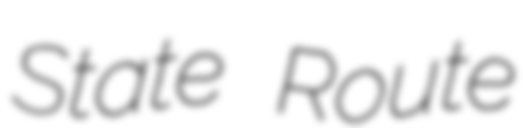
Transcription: State Route